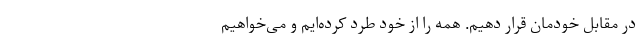
در مقابل خودمان قرار دهیم. همه را از خود طرد کرده‌ایم و می‌خواهیم